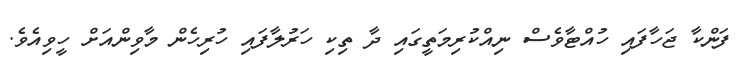
ފަންކާ ޖަހާފައި ހުއްޓާވެސް ނިއްކުރިމަތީގައި ދާ ތިކި ހަރުލާފައި ހުރިހެން މާވިންއަށް ހީވިއެވެ.